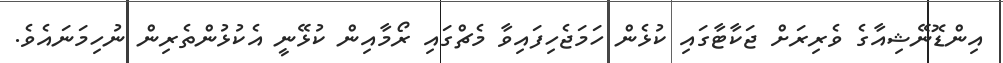
އިންޑޮނޭޝިއާގެ ވެރިރަށް ޖަކާޓާގައި ކުޅެން ހަމަޖެހިފައިވާ މެޗްގައި ރޯމާއިން ކުޅޭނީ އެކުޅުންތެރިން ނުހިމަނައެވެ.